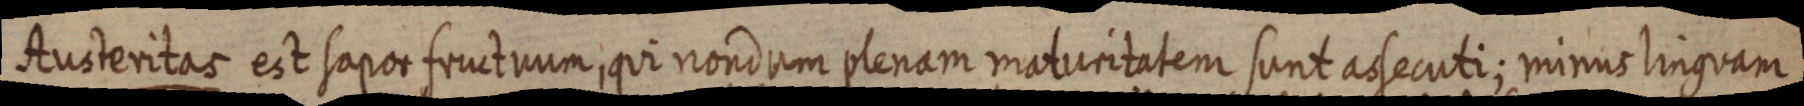
Austeritas est sapor fructuum, qui nondum plenam maturitatem sunt assecuti; minus linguam